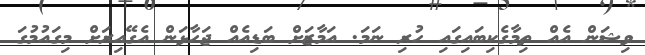
ވިޝަން އެއް ތިމާގެކިބައިގައި ހުރި ނަމަ. އަމާޒަށް ބަޑިއެއް ޖަހާޅަން އެގޭއިރަށް މިގައުމުގަ